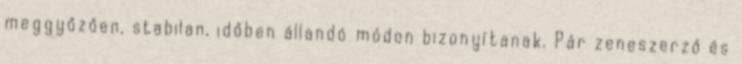
meggyőzően, stabilan, időben állandó módon bizonyítanak. Pár zeneszerző és